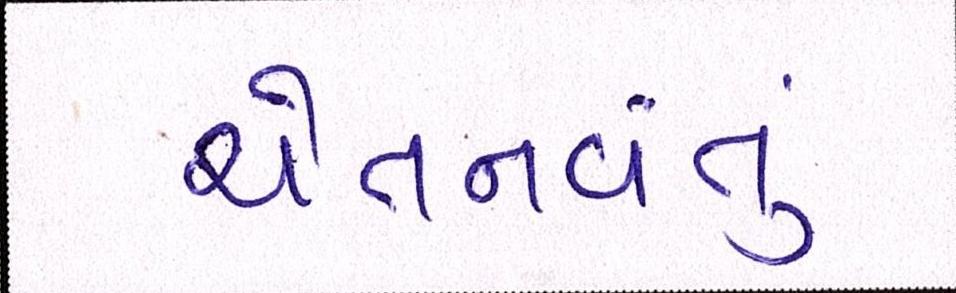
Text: ચેતનવંતું